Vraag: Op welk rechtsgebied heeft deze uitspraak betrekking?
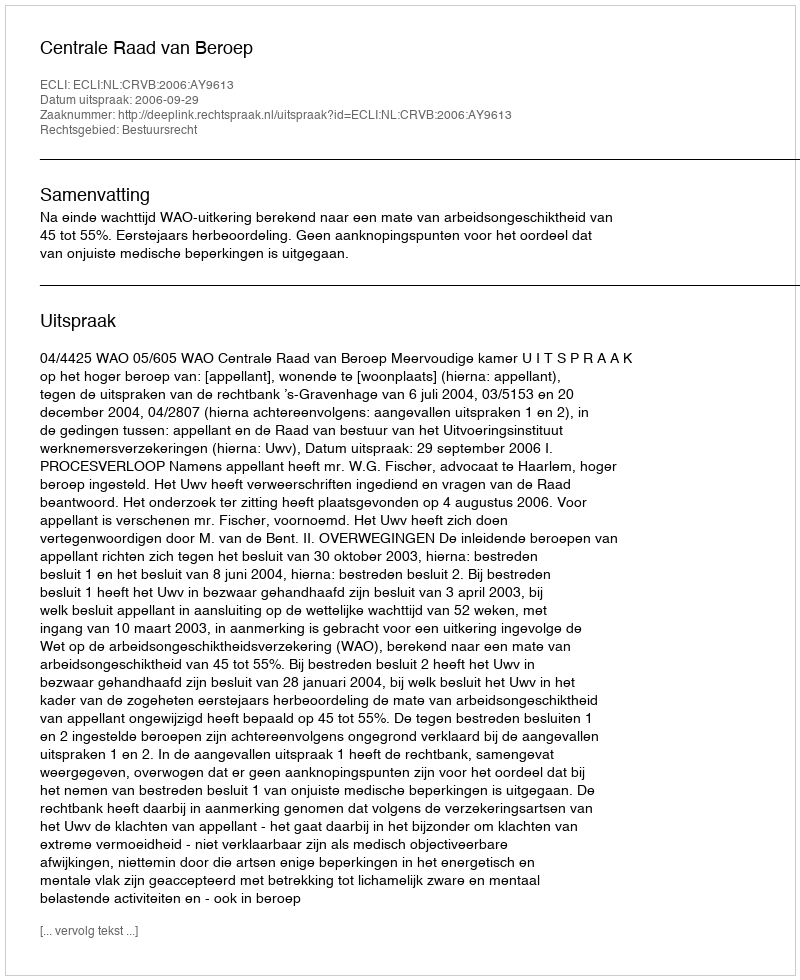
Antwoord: Bestuursrecht